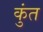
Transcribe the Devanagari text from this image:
कुंत